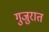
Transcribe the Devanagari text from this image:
गुजुरात